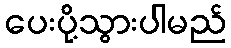
ပေးပို့သွားပါမည်